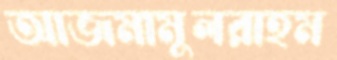
আজমামুলরাহম